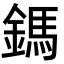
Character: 鎷